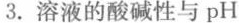
3.溶液的酸碱性与pH